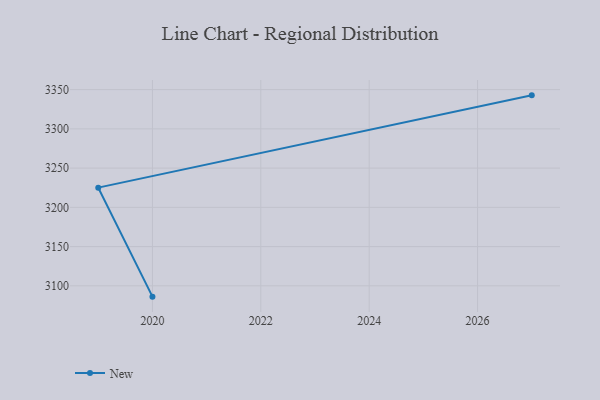
{"axis": {"x": "Year", "y": "LTV (USD)"}, "legend": ["New"], "data": [{"x": "2027", "y": 3342.7, "type": "New"}, {"x": "2019", "y": 3225.1, "type": "New"}, {"x": "2020", "y": 3086.2, "type": "New"}]}